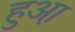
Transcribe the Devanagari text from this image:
हुआ़